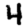
Digit: 4